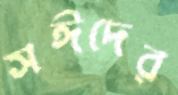
সঈদের